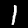
Label: 1